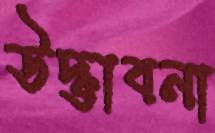
উদ্ভাবনা